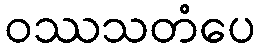
ဝဿသတံပေ